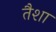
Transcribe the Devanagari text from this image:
तैशा